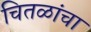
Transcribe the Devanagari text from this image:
चितळांचा